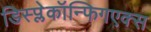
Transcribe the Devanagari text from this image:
डिस्प्लेकॉन्फिगएक्स